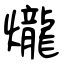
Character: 爖